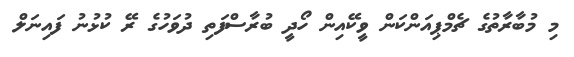
މި މުބާރާތުގެ ޗެމްޕިއަންކަން ވީކޭއިން ހޯދީ ބުރާސްފަތި ދުވަހުގެ ރޭ ކުޅުނު ފައިނަލް